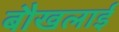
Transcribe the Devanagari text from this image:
बौखलाई